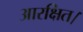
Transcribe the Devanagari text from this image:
आरक्षित।